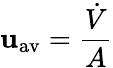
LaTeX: \mathbf{u}_{\mathrm{{{{}av}}}}={\frac{{\dot{{V}}}}{{A}}}